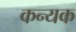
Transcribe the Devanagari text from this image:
कन्यक